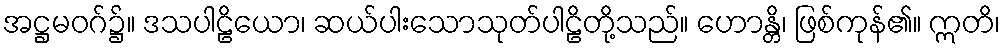
အဋ္ဌမဝဂ်၌။ ဒသပါဠိယော၊ ဆယ်ပါးသောသုတ်ပါဠိတို့သည်။ ဟောန္တိ၊ ဖြစ်ကုန်၏။ ဣတိ၊